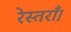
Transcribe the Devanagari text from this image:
रेस्तराँ।